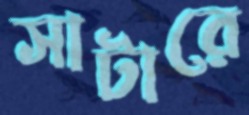
সাটারে